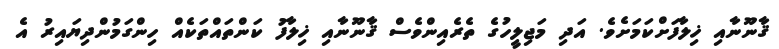
ޤާނޫނާއި ޚިލާފަށްކަމަށެވެ. އަދި މަޖިލީހުގެ ތެރެއިންވެސް ޤާނޫނާއި ޚިލާފު ކަންތައްތަކެއް ހިންގަމުންދިޔައިރު އެ